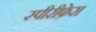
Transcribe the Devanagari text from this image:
स्पीरीफ़ेरा